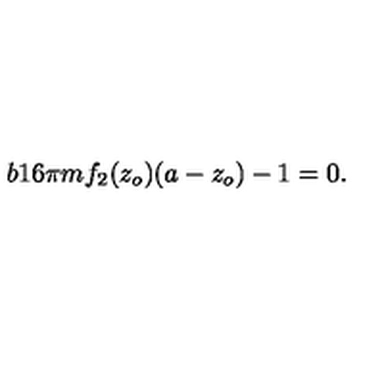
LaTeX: b 1 6 \pi m { f } _ { 2 } ( z _ { o } ) ( a - z _ { o } ) - 1 = 0 .